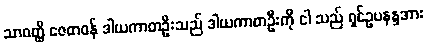
သာဝတ္ထိ ဇေတဝန် ဒါယကာတဦးသည် ဒါယကာတဦးကို ငါ သည် ရှင်ဥပနန္ဒအား